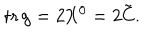
LaTeX: \mathrm { t r } \, g = 2 X ^ { 0 } = 2 { \tilde { C } } .